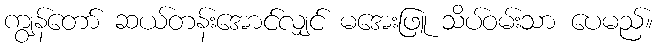
ကျွန်တော် ဆယ်တန်းအောင်လျှင် မအေးဖြူ သိပ်ဝမ်းသာ ပေမည်။